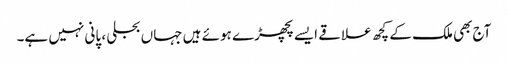
آج بھی ملک کے کچھ علاقے ایسے پچھڑے ہوئے ہیں جہاں بجلی ، پانی نہیں ہے۔